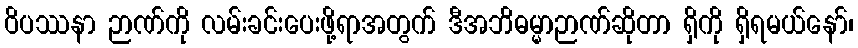
ဝိပဿနာ ဉာဏ်ကို လမ်းခင်းပေးဖို့ရာအတွက် ဒီအဘိဓမ္မာဉာဏ်ဆိုတာ ရှိကို ရှိရမယ်နော်၊